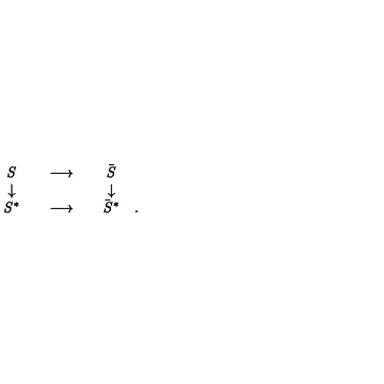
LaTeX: \begin{array} { c c c } { \it S } \\ { \downarrow } \\ { { \it S } ^ { * } } \\ \end{array} \begin{array} { c c c } { } & { \longrightarrow } & { } \\ { } & { } & { } \\ { } & { \longrightarrow } & { } \\ \end{array} \begin{array} { c c c } { { \bar { \it S } } } \\ { \downarrow } \\ { { \bar { \it S } } ^ { * } } \\ \end{array} \begin{array} { c c c } { } & { } & { } \\ { } & { } & { } \\ { . } \\ \end{array}